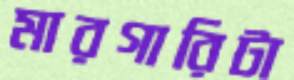
মারগারিটা